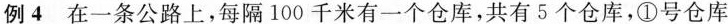
例4在一条公路上，每隔100千米有一个仓库，共有5个仓库，①号仓库